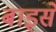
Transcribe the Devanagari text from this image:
बाइसें